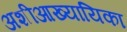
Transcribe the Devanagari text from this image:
अशीआख्यायिका